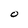
Character: O